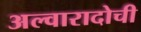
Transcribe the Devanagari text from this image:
अल्वारादोची